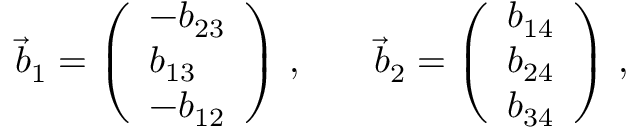
\begin{array} { r l r } { \vec { b } _ { 1 } = \left( \begin{array} { l } { - b _ { 2 3 } } \\ { b _ { 1 3 } } \\ { - b _ { 1 2 } } \end{array} \right) \, , } & { { } } & { \vec { b } _ { 2 } = \left( \begin{array} { l } { b _ { 1 4 } } \\ { b _ { 2 4 } } \\ { b _ { 3 4 } } \end{array} \right) \, , } \end{array}